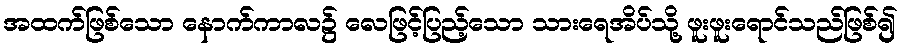
အထက်ဖြစ်သော နောက်ကာလ၌ လေဖြင့်ပြည့်သော သားရေအိပ်သို့ ဖူးဖူးရောင်သည်ဖြစ်၍